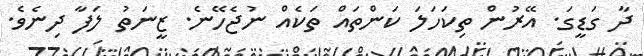
ދާ ގަޑީގަ. އޭރުން ތިކަހަލަ ކަންތައް ތަކެއް ނުޖެހޭނެ. ޒީނަތު ލަފާ ދިނެވެ.